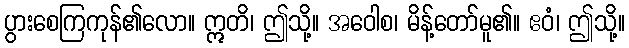
ပွားစေကြကုန်၏လော။ ဣတိ၊ ဤသို့။ အဝေါစ၊ မိန့်တော်မူ၏။ ဧဝံ၊ ဤသို့။